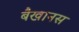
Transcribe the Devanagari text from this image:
बैखानस